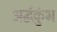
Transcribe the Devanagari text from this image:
अर्द्धकुंभ